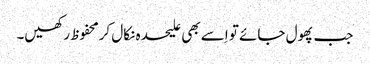
جب پھول جائے تو اِسے بھی علیحدہ نکال کرمحفوظ رکھیں۔